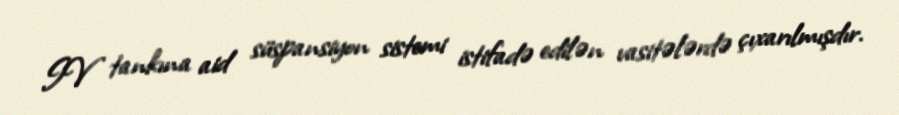
IV tankına aid süspansiyon sistemi istifadə edilən vasitələrdə çıxarılmışdır.